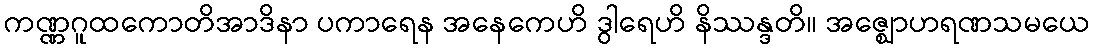
ကဏ္ဏဂူထကောတိအာဒိနာ ပကာရေန အနေကေဟိ ဒွါရေဟိ နိဿန္ဒတိ။ အဇ္ဈောဟရဏသမယေ